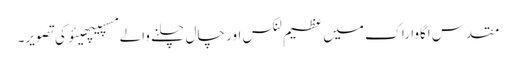
مقدس اگاوا راک میں عظیم لنکس اور چال چلنے والے مسپیپھیئو کی تصویر۔